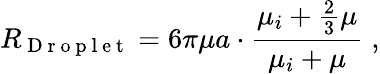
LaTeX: R_{\mathrm{~D~r~o~p~l~e~t~}}=6\pi\mu a\cdot\frac{\mu_{i}+\frac 23\mu}{\mu_{i}+\mu}\; ,